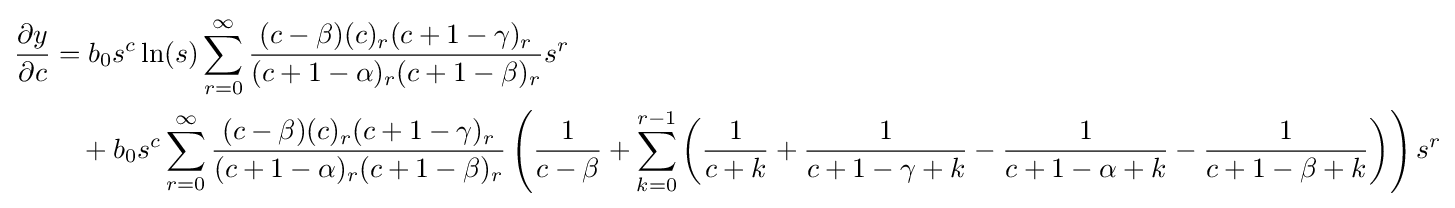
{\begin{aligned}{\frac {\partial y}{\partial c}}&=b_{0}s^{c}\ln(s)\sum _{r=0}^{\infty }{\frac {(c-\beta )(c)_{r}(c+1-\gamma )_{r}}{(c+1-\alpha )_{r}(c+1-\beta )_{r}}}s^{r}\\&\quad +b_{0}s^{c}\sum _{r=0}^{\infty }{\frac {(c-\beta )(c)_{r}(c+1-\gamma )_{r}}{(c+1-\alpha )_{r}(c+1-\beta )_{r}}}\left({\frac {1}{c-\beta }}+\sum _{k=0}^{r-1}\left({\frac {1}{c+k}}+{\frac {1}{c+1-\gamma +k}}-{\frac {1}{c+1-\alpha +k}}-{\frac {1}{c+1-\beta +k}}\right)\right)s^{r}\end{aligned}}